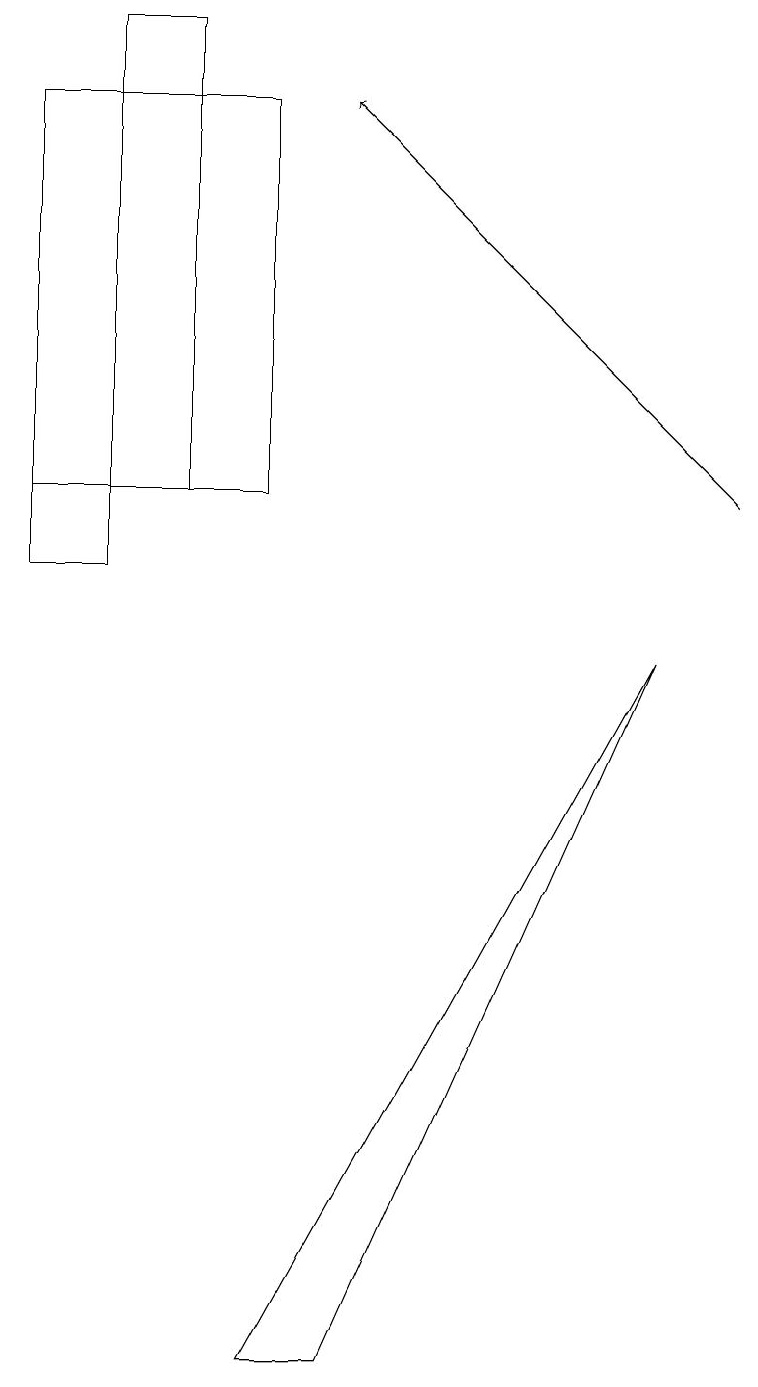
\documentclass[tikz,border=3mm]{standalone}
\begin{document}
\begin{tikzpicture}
\draw (2,17) rectangle (1,11);
\draw (1,11) rectangle (0,10);
\draw[->] (9,11) -- (4,16);
\draw (3,16) rectangle (0,11);
\draw (3,0) -- (8,9) -- (4,0) -- cycle;
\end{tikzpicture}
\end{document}